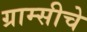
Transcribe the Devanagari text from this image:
ग्राम्सीचे